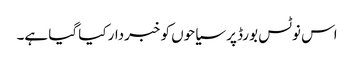
اس نوٹس بورڈ پر سیاحوں کو خبردار کیا گیا ہے۔